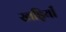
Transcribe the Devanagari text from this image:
खड़ियाँ